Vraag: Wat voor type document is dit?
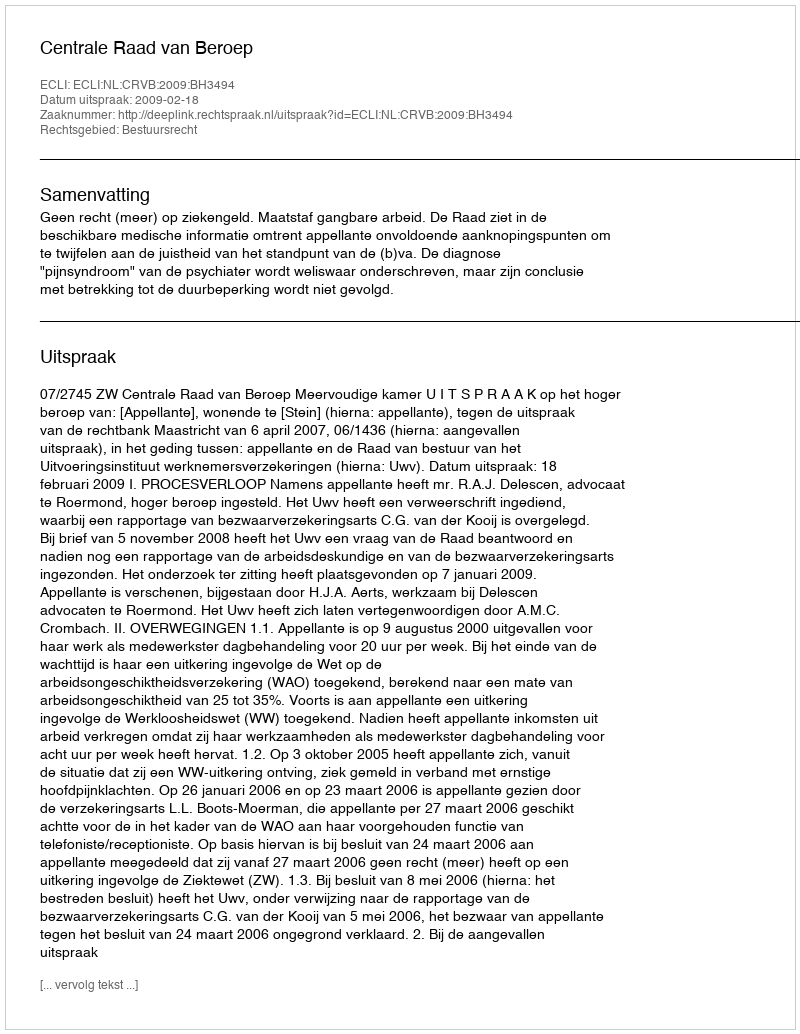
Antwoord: Uitspraak